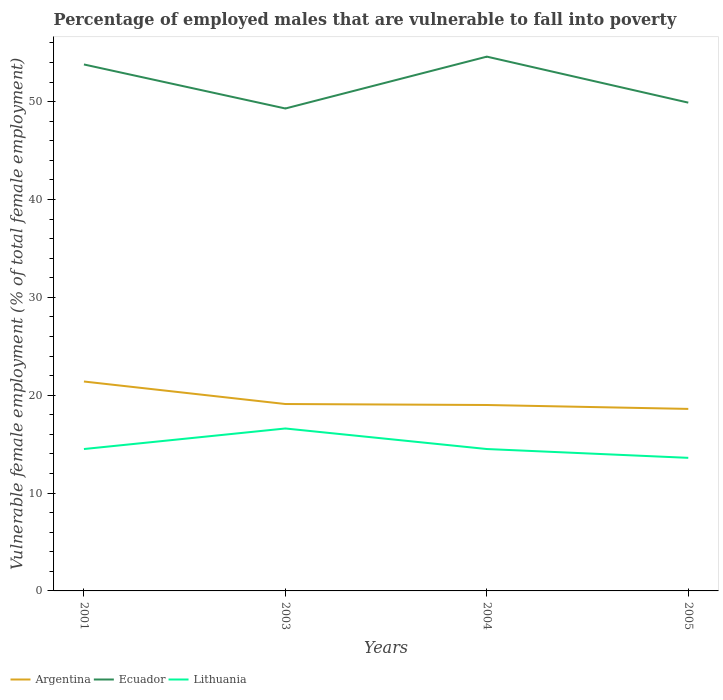
| Years | Argentina | Ecuador | Lithuania |
 | --- | --- | --- | --- |
 | 2001 | 21.4 | 53.8 | 14.5 |
 | 2003 | 19.1 | 49.3 | 16.6 |
 | 2004 | 19 | 54.6 | 14.5 |
 | 2005 | 18.6 | 49.9 | 13.6 |